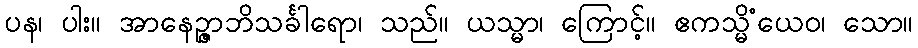
ပန၊ ပါး။ အာနေဉ္ဇာဘိသင်္ခါရော၊ သည်။ ယသ္မာ၊ ကြောင့်။ ဧကသ္မိံယေဝ၊ သော။